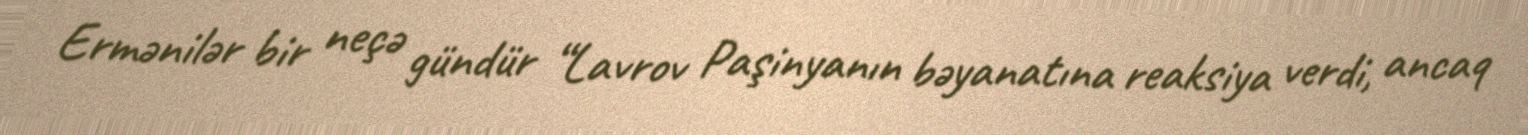
Ermənilər bir neçə gündür “Lavrov Paşinyanın bəyanatına reaksiya verdi, ancaq